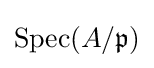
\operatorname {Spec} (A/{\mathfrak {p}})